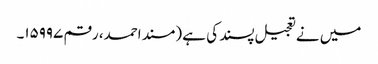
میں نے تعجیل پسند کی ہے (مسند احمد، رقم ۱۵۹۹۷۔